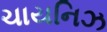
ચાયનિઝ